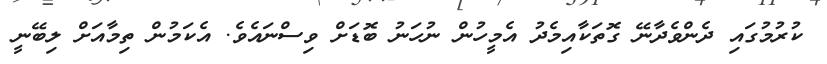
ކުރުމުގައި ދެންވެދާނޭ ގޮތަކާއިމެދު އެމީހުން ނުހަނު ބޮޑަށް ވިސްނައެވެ. އެކަމުން ތިމާއަށް ލިބޭނީ